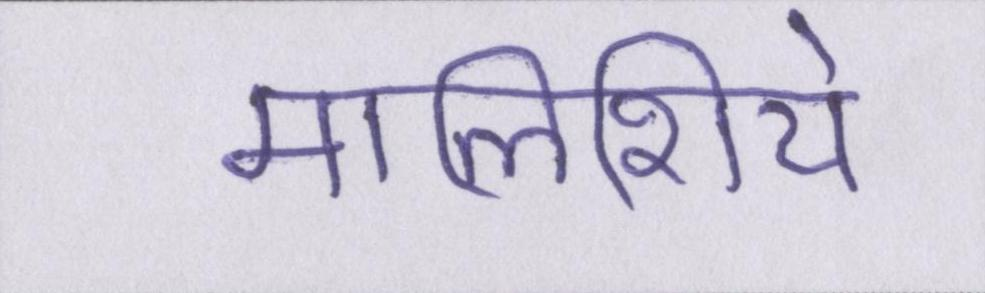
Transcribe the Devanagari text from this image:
मालिशिये